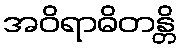
အဝိရာဓိတန္တိ